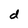
Character: d